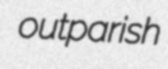
outparish